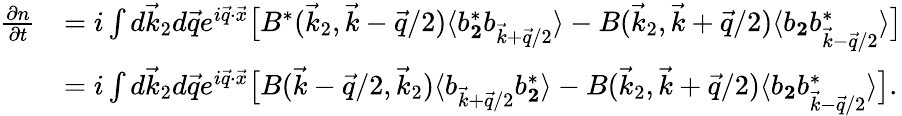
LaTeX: \begin{array}{rl}{\frac{\partial n}{\partial t}}&{=i\int d\vec{k}_{2}d\vec{q}e^{i\vec{q}\cdot\vec{x}}\big[B^{*}(\vec{k}_{2},\vec{k}-\vec{q}/2)\langle b_{\mathbf 2}^{*}b_{\vec{k}+\vec{q}/2}\rangle-B(\vec{k}_{2},\vec{k}+\vec{q}/2)\langle b_{\mathbf 2}b_{\vec{k}-\vec{q}/2}^{*}\rangle\big]}\\ &{=i\int d\vec{k}_{2}d\vec{q}e^{i\vec{q}\cdot\vec{x}}\big[B(\vec{k}-\vec{q}/2,\vec{k}_{2})\langle b_{\vec{k}+\vec{q}/2}b_{\mathbf 2}^{*}\rangle-B(\vec{k}_{2},\vec{k}+\vec{q}/2)\langle b_{\mathbf 2}b_{\vec{k}-\vec{q}/2}^{*}\rangle\big].}\end{array}